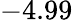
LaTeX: -4.99